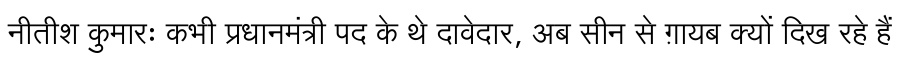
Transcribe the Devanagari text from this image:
नीतीश कुमारः कभी प्रधानमंत्री पद के थे दावेदार, अब सीन से ग़ायब क्यों दिख रहे हैं